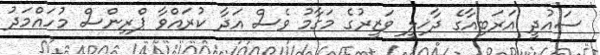
ސައުދީ އަރަބިއާގެ ދާޚިލީ ވަޒީރުގެ މަގާމު ވެސް އަދާ ކުރައްވާ ޕްރިންސް މުހައްމަދު